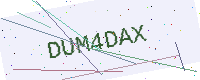
Text: DUM4DAX